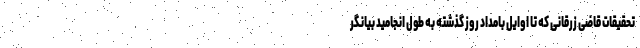
تحقیقات قاضی زرقانی که تا اوایل بامداد روز گذشته به طول انجامید بیانگر